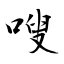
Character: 嗖